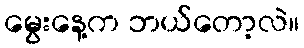
မွေးနေ့က ဘယ်တော့လဲ။